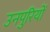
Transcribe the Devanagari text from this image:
उनपुरियों